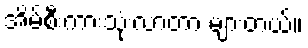
အိမ်စီးကားသုံးလာတာ များတယ်။